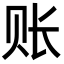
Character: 账